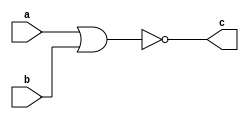
module Nor_1bit(c,a,b);
input a,b;
output c;
nor (c,a,b);
endmodule